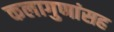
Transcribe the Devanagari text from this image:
कलागुणांसह